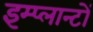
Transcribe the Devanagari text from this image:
इम्प्लान्टों